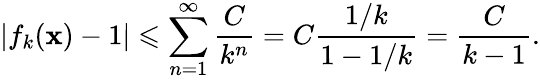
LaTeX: \left|f_{k}(\mathbf{x})-1\right|\leqslant\sum_{n=1}^{\infty}{\frac{{C}}{{k^{n}}}}=C{\frac{{1/k}}{{1-1/k}}}={\frac{{C}}{{k-1}}}.